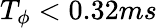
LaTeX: T_{\phi}<0.32ms